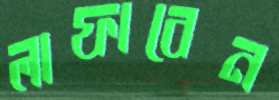
লাফাবেন